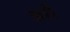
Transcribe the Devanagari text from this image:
अर्शे